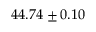
4 4 . 7 4 \pm 0 . 1 0